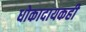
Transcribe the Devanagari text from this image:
धोकादायकही